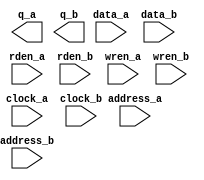
// megafunction wizard: %RAM: 2-PORT%VBB%
// GENERATION: STANDARD
// VERSION: WM1.0
// MODULE: altsyncram 

// ============================================================
// Megafunction Name(s):
// 			altsyncram
//
// Simulation Library Files(s):
// 			altera_mf
// ============================================================
// ************************************************************
// THIS IS A WIZARD-GENERATED FILE. DO NOT EDIT THIS FILE!
//
// 10.0 Build 262 08/18/2010 SP 1 SJ Full Version
// ************************************************************

//Copyright (C) 1991-2010 Altera Corporation
//Your use of Altera Corporation's design tools, logic functions 
//and other software and tools, and its AMPP partner logic 
//functions, and any output files from any of the foregoing 
//(including device programming or simulation files), and any 
//associated documentation or information are expressly subject 
//to the terms and conditions of the Altera Program License 
//Subscription Agreement, Altera MegaCore Function License 
//Agreement, or other applicable license agreement, including, 
//without limitation, that your use is for the sole purpose of 
//programming logic devices manufactured by Altera and sold by 
//Altera or its authorized distributors.  Please refer to the 
//applicable agreement for further details.

module dp_ram2 (
	address_a,
	address_b,
	clock_a,
	clock_b,
	data_a,
	data_b,
	rden_a,
	rden_b,
	wren_a,
	wren_b,
	q_a,
	q_b);

	input	[13:0]  address_a;
	input	[13:0]  address_b;
	input	  clock_a;
	input	  clock_b;
	input	[15:0]  data_a;
	input	[15:0]  data_b;
	input	  rden_a;
	input	  rden_b;
	input	  wren_a;
	input	  wren_b;
	output	[15:0]  q_a;
	output	[15:0]  q_b;
`ifndef ALTERA_RESERVED_QIS
// synopsys translate_off
`endif
	tri1	  clock_a;
	tri1	  rden_a;
	tri1	  rden_b;
	tri0	  wren_a;
	tri0	  wren_b;
`ifndef ALTERA_RESERVED_QIS
// synopsys translate_on
`endif

endmodule

// ============================================================
// CNX file retrieval info
// ============================================================
// Retrieval info: PRIVATE: ADDRESSSTALL_A NUMERIC "0"
// Retrieval info: PRIVATE: ADDRESSSTALL_B NUMERIC "0"
// Retrieval info: PRIVATE: BYTEENA_ACLR_A NUMERIC "0"
// Retrieval info: PRIVATE: BYTEENA_ACLR_B NUMERIC "0"
// Retrieval info: PRIVATE: BYTE_ENABLE_A NUMERIC "0"
// Retrieval info: PRIVATE: BYTE_ENABLE_B NUMERIC "0"
// Retrieval info: PRIVATE: BYTE_SIZE NUMERIC "8"
// Retrieval info: PRIVATE: BlankMemory NUMERIC "1"
// Retrieval info: PRIVATE: CLOCK_ENABLE_INPUT_A NUMERIC "0"
// Retrieval info: PRIVATE: CLOCK_ENABLE_INPUT_B NUMERIC "0"
// Retrieval info: PRIVATE: CLOCK_ENABLE_OUTPUT_A NUMERIC "0"
// Retrieval info: PRIVATE: CLOCK_ENABLE_OUTPUT_B NUMERIC "0"
// Retrieval info: PRIVATE: CLRdata NUMERIC "0"
// Retrieval info: PRIVATE: CLRq NUMERIC "0"
// Retrieval info: PRIVATE: CLRrdaddress NUMERIC "0"
// Retrieval info: PRIVATE: CLRrren NUMERIC "0"
// Retrieval info: PRIVATE: CLRwraddress NUMERIC "0"
// Retrieval info: PRIVATE: CLRwren NUMERIC "0"
// Retrieval info: PRIVATE: Clock NUMERIC "5"
// Retrieval info: PRIVATE: Clock_A NUMERIC "0"
// Retrieval info: PRIVATE: Clock_B NUMERIC "0"
// Retrieval info: PRIVATE: ECC NUMERIC "0"
// Retrieval info: PRIVATE: IMPLEMENT_IN_LES NUMERIC "0"
// Retrieval info: PRIVATE: INDATA_ACLR_B NUMERIC "0"
// Retrieval info: PRIVATE: INDATA_REG_B NUMERIC "1"
// Retrieval info: PRIVATE: INIT_FILE_LAYOUT STRING "PORT_A"
// Retrieval info: PRIVATE: INIT_TO_SIM_X NUMERIC "0"
// Retrieval info: PRIVATE: INTENDED_DEVICE_FAMILY STRING "Cyclone IV E"
// Retrieval info: PRIVATE: JTAG_ENABLED NUMERIC "0"
// Retrieval info: PRIVATE: JTAG_ID STRING "NONE"
// Retrieval info: PRIVATE: MAXIMUM_DEPTH NUMERIC "0"
// Retrieval info: PRIVATE: MEMSIZE NUMERIC "262144"
// Retrieval info: PRIVATE: MEM_IN_BITS NUMERIC "0"
// Retrieval info: PRIVATE: MIFfilename STRING "D:/Work/Source/liner-T-jrt/loop-jrt_2014.5.27/combination_v9/hex/Dpram_IP_192.168.1.3_down.hex"
// Retrieval info: PRIVATE: OPERATION_MODE NUMERIC "3"
// Retrieval info: PRIVATE: OUTDATA_ACLR_B NUMERIC "0"
// Retrieval info: PRIVATE: OUTDATA_REG_B NUMERIC "0"
// Retrieval info: PRIVATE: RAM_BLOCK_TYPE NUMERIC "2"
// Retrieval info: PRIVATE: READ_DURING_WRITE_MODE_MIXED_PORTS NUMERIC "2"
// Retrieval info: PRIVATE: READ_DURING_WRITE_MODE_PORT_A NUMERIC "3"
// Retrieval info: PRIVATE: READ_DURING_WRITE_MODE_PORT_B NUMERIC "3"
// Retrieval info: PRIVATE: REGdata NUMERIC "1"
// Retrieval info: PRIVATE: REGq NUMERIC "0"
// Retrieval info: PRIVATE: REGrdaddress NUMERIC "0"
// Retrieval info: PRIVATE: REGrren NUMERIC "1"
// Retrieval info: PRIVATE: REGwraddress NUMERIC "1"
// Retrieval info: PRIVATE: REGwren NUMERIC "1"
// Retrieval info: PRIVATE: SYNTH_WRAPPER_GEN_POSTFIX STRING "0"
// Retrieval info: PRIVATE: USE_DIFF_CLKEN NUMERIC "0"
// Retrieval info: PRIVATE: UseDPRAM NUMERIC "1"
// Retrieval info: PRIVATE: VarWidth NUMERIC "0"
// Retrieval info: PRIVATE: WIDTH_READ_A NUMERIC "16"
// Retrieval info: PRIVATE: WIDTH_READ_B NUMERIC "16"
// Retrieval info: PRIVATE: WIDTH_WRITE_A NUMERIC "16"
// Retrieval info: PRIVATE: WIDTH_WRITE_B NUMERIC "16"
// Retrieval info: PRIVATE: WRADDR_ACLR_B NUMERIC "0"
// Retrieval info: PRIVATE: WRADDR_REG_B NUMERIC "1"
// Retrieval info: PRIVATE: WRCTRL_ACLR_B NUMERIC "0"
// Retrieval info: PRIVATE: enable NUMERIC "0"
// Retrieval info: PRIVATE: rden NUMERIC "1"
// Retrieval info: LIBRARY: altera_mf altera_mf.altera_mf_components.all
// Retrieval info: CONSTANT: ADDRESS_REG_B STRING "CLOCK1"
// Retrieval info: CONSTANT: CLOCK_ENABLE_INPUT_A STRING "BYPASS"
// Retrieval info: CONSTANT: CLOCK_ENABLE_INPUT_B STRING "BYPASS"
// Retrieval info: CONSTANT: CLOCK_ENABLE_OUTPUT_A STRING "BYPASS"
// Retrieval info: CONSTANT: CLOCK_ENABLE_OUTPUT_B STRING "BYPASS"
// Retrieval info: CONSTANT: INDATA_REG_B STRING "CLOCK1"
// Retrieval info: CONSTANT: INTENDED_DEVICE_FAMILY STRING "Cyclone IV E"
// Retrieval info: CONSTANT: LPM_TYPE STRING "altsyncram"
// Retrieval info: CONSTANT: NUMWORDS_A NUMERIC "16384"
// Retrieval info: CONSTANT: NUMWORDS_B NUMERIC "16384"
// Retrieval info: CONSTANT: OPERATION_MODE STRING "BIDIR_DUAL_PORT"
// Retrieval info: CONSTANT: OUTDATA_ACLR_A STRING "NONE"
// Retrieval info: CONSTANT: OUTDATA_ACLR_B STRING "NONE"
// Retrieval info: CONSTANT: OUTDATA_REG_A STRING "UNREGISTERED"
// Retrieval info: CONSTANT: OUTDATA_REG_B STRING "UNREGISTERED"
// Retrieval info: CONSTANT: POWER_UP_UNINITIALIZED STRING "FALSE"
// Retrieval info: CONSTANT: RAM_BLOCK_TYPE STRING "M9K"
// Retrieval info: CONSTANT: READ_DURING_WRITE_MODE_PORT_A STRING "NEW_DATA_NO_NBE_READ"
// Retrieval info: CONSTANT: READ_DURING_WRITE_MODE_PORT_B STRING "NEW_DATA_NO_NBE_READ"
// Retrieval info: CONSTANT: WIDTHAD_A NUMERIC "14"
// Retrieval info: CONSTANT: WIDTHAD_B NUMERIC "14"
// Retrieval info: CONSTANT: WIDTH_A NUMERIC "16"
// Retrieval info: CONSTANT: WIDTH_B NUMERIC "16"
// Retrieval info: CONSTANT: WIDTH_BYTEENA_A NUMERIC "1"
// Retrieval info: CONSTANT: WIDTH_BYTEENA_B NUMERIC "1"
// Retrieval info: CONSTANT: WRCONTROL_WRADDRESS_REG_B STRING "CLOCK1"
// Retrieval info: USED_PORT: address_a 0 0 14 0 INPUT NODEFVAL "address_a[13..0]"
// Retrieval info: USED_PORT: address_b 0 0 14 0 INPUT NODEFVAL "address_b[13..0]"
// Retrieval info: USED_PORT: clock_a 0 0 0 0 INPUT VCC "clock_a"
// Retrieval info: USED_PORT: clock_b 0 0 0 0 INPUT NODEFVAL "clock_b"
// Retrieval info: USED_PORT: data_a 0 0 16 0 INPUT NODEFVAL "data_a[15..0]"
// Retrieval info: USED_PORT: data_b 0 0 16 0 INPUT NODEFVAL "data_b[15..0]"
// Retrieval info: USED_PORT: q_a 0 0 16 0 OUTPUT NODEFVAL "q_a[15..0]"
// Retrieval info: USED_PORT: q_b 0 0 16 0 OUTPUT NODEFVAL "q_b[15..0]"
// Retrieval info: USED_PORT: rden_a 0 0 0 0 INPUT VCC "rden_a"
// Retrieval info: USED_PORT: rden_b 0 0 0 0 INPUT VCC "rden_b"
// Retrieval info: USED_PORT: wren_a 0 0 0 0 INPUT GND "wren_a"
// Retrieval info: USED_PORT: wren_b 0 0 0 0 INPUT GND "wren_b"
// Retrieval info: CONNECT: @address_a 0 0 14 0 address_a 0 0 14 0
// Retrieval info: CONNECT: @address_b 0 0 14 0 address_b 0 0 14 0
// Retrieval info: CONNECT: @clock0 0 0 0 0 clock_a 0 0 0 0
// Retrieval info: CONNECT: @clock1 0 0 0 0 clock_b 0 0 0 0
// Retrieval info: CONNECT: @data_a 0 0 16 0 data_a 0 0 16 0
// Retrieval info: CONNECT: @data_b 0 0 16 0 data_b 0 0 16 0
// Retrieval info: CONNECT: @rden_a 0 0 0 0 rden_a 0 0 0 0
// Retrieval info: CONNECT: @rden_b 0 0 0 0 rden_b 0 0 0 0
// Retrieval info: CONNECT: @wren_a 0 0 0 0 wren_a 0 0 0 0
// Retrieval info: CONNECT: @wren_b 0 0 0 0 wren_b 0 0 0 0
// Retrieval info: CONNECT: q_a 0 0 16 0 @q_a 0 0 16 0
// Retrieval info: CONNECT: q_b 0 0 16 0 @q_b 0 0 16 0
// Retrieval info: GEN_FILE: TYPE_NORMAL dp_ram2.v TRUE
// Retrieval info: GEN_FILE: TYPE_NORMAL dp_ram2.inc FALSE
// Retrieval info: GEN_FILE: TYPE_NORMAL dp_ram2.cmp FALSE
// Retrieval info: GEN_FILE: TYPE_NORMAL dp_ram2.bsf FALSE
// Retrieval info: GEN_FILE: TYPE_NORMAL dp_ram2_inst.v FALSE
// Retrieval info: GEN_FILE: TYPE_NORMAL dp_ram2_bb.v TRUE
// Retrieval info: LIB_FILE: altera_mf